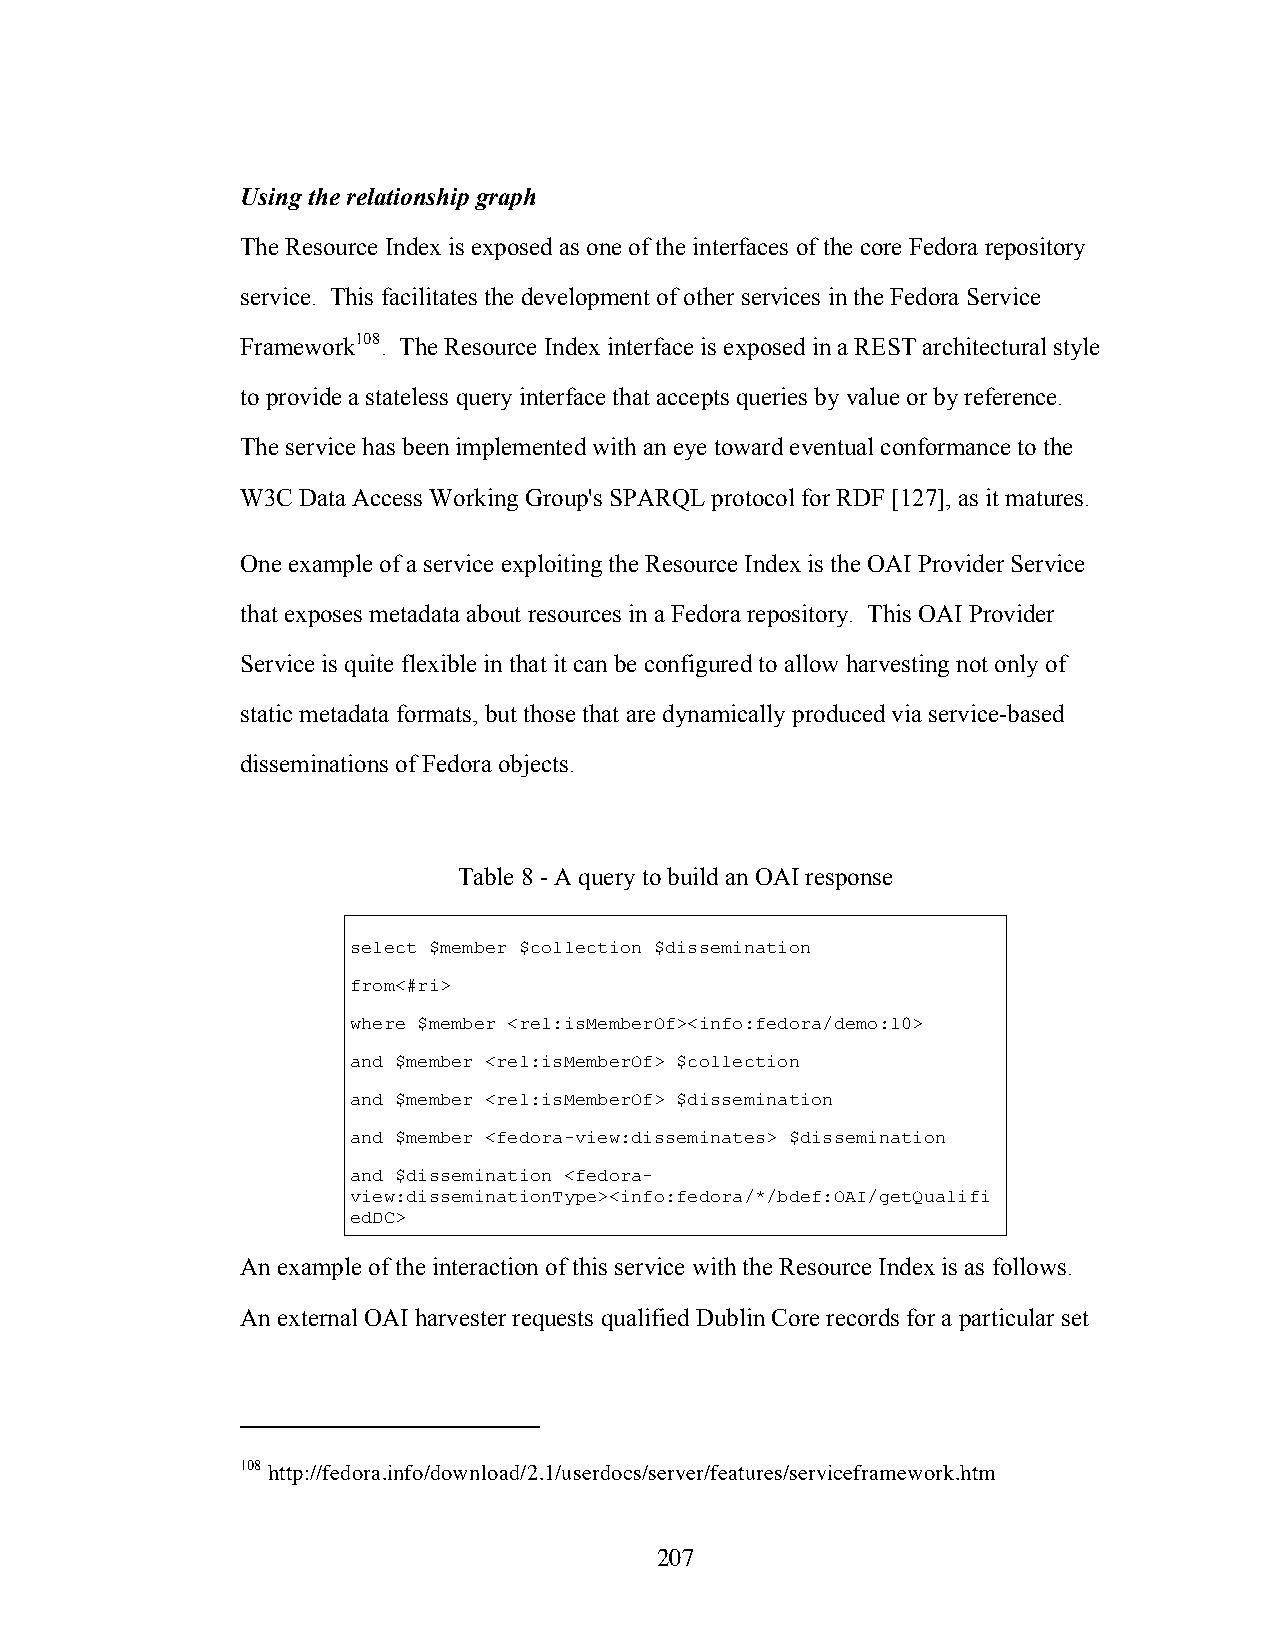
Using the relationship graph
 The Resource Index is exposed as one of the interfaces of the core Fedora repository
 service. This facilitates the development of other services in the Fedora Service
 Framework108. The Resource Index interface is exposed in a REST architectural style
 to provide a stateless query interface that accepts queries by value or by reference.
 The service has been implemented with an eye toward eventual conformance to the
 W3C Data Access Working Group's SPARQL protocol for RDF [127], as it matures.
 One example of a service exploiting the Resource Index is the OAI Provider Service
 that exposes metadata about resources in a Fedora repository. This OAI Provider
 Service is quite flexible in that it can be configured to allow harvesting not only of
 static metadata formats, but those that are dynamically produced via service-based
 disseminations of Fedora objects.
 Table 8 - A query to build an OAI response
 select $member $collection $dissemination
 from<#ri>
 where $member <rel:isMemberOf><info:fedora/demo:10>
 and $member <rel:isMemberOf> $collection
 and $member <rel:isMemberOf> $dissemination
 and $member <fedora-view:disseminates> $dissemination
 and $dissemination <fedora-
 view:disseminationType><info:fedora/*/bdef:OAI/getQualifi
 edDC>
 An example of the interaction of this service with the Resource Index is as follows.
 An external OAI harvester requests qualified Dublin Core records for a particular set
 108 http://fedora.info/download/2.1/userdocs/server/features/serviceframework.htm
 207